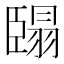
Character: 𮍓